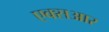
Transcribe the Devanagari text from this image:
एक्सआर